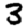
Digit: 3